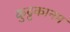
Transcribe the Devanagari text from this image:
कुट्टकानम